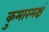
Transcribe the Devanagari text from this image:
कुमारमक्षं